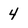
Character: 4